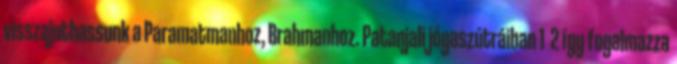
visszajuthassunk a Paramatmanhoz, Brahmanhoz. Patanjali jógaszútráiban 1 2 így fogalmazza